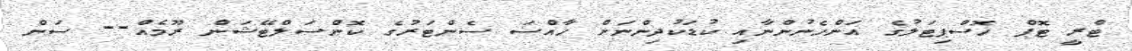
ޓްރީ ޓޮޕް ހޮސްޕިޓަލުގެ އަންހެނުންނާއި ކުޑަކުދިންނަށް ހާއްސަ ސެންޓަރުގެ ކޮންސަލްޓޭޝަން ރޫމެއް-- ސަން